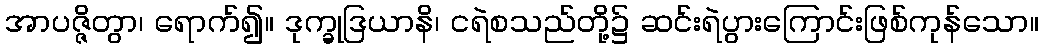
အာပဇ္ဇိတွာ၊ ရောက်၍။ ဒုက္ခုဒြယာနိ၊ ငရဲစသည်တို့၌ ဆင်းရဲပွားကြောင်းဖြစ်ကုန်သော။